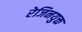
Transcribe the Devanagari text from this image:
रेजिनयुक्त